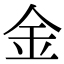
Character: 金